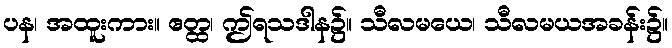
ပန၊ အထူးကား။ ဧတ္ထ၊ ဤရသဒါန၌။ သီလမယေ၊ သီလမယအခန်း၌။